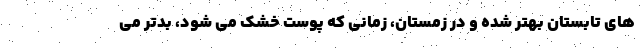
های تابستان بهتر شده و در زمستان، زمانی که پوست خشک می شود، بدتر می